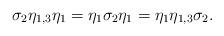
LaTeX: \begin{align*} \sigma_2 \eta_{1,3}\eta_1= \eta_1\sigma_2\eta_1 = \eta_1 \eta_{1,3} \sigma_2. \end{align*}